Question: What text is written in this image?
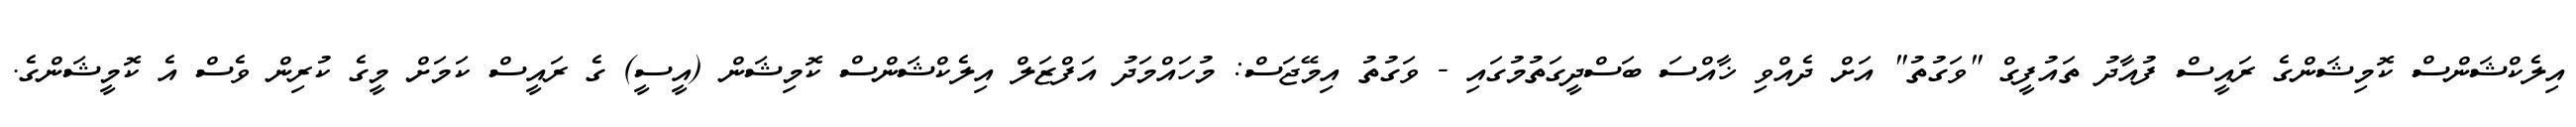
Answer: އިލެކްޝަންސް ކޮމިޝަންގެ ރައީސް ފުއާދު ތައުފީގް "ވަގުތު" އަށް ދެއްވި ޚާއްސަ ބަސްދީގަތުމުގައި - ވަގުތު އިމޭޖަސް: މުހައްމަދު އަފްޒަލް އިލެކްޝަންސް ކޮމިޝަން (އީސީ) ގެ ރައީސް ކަމަށް މީގެ ކުރިން ވެސް އެ ކޮމީޝަންގެ.